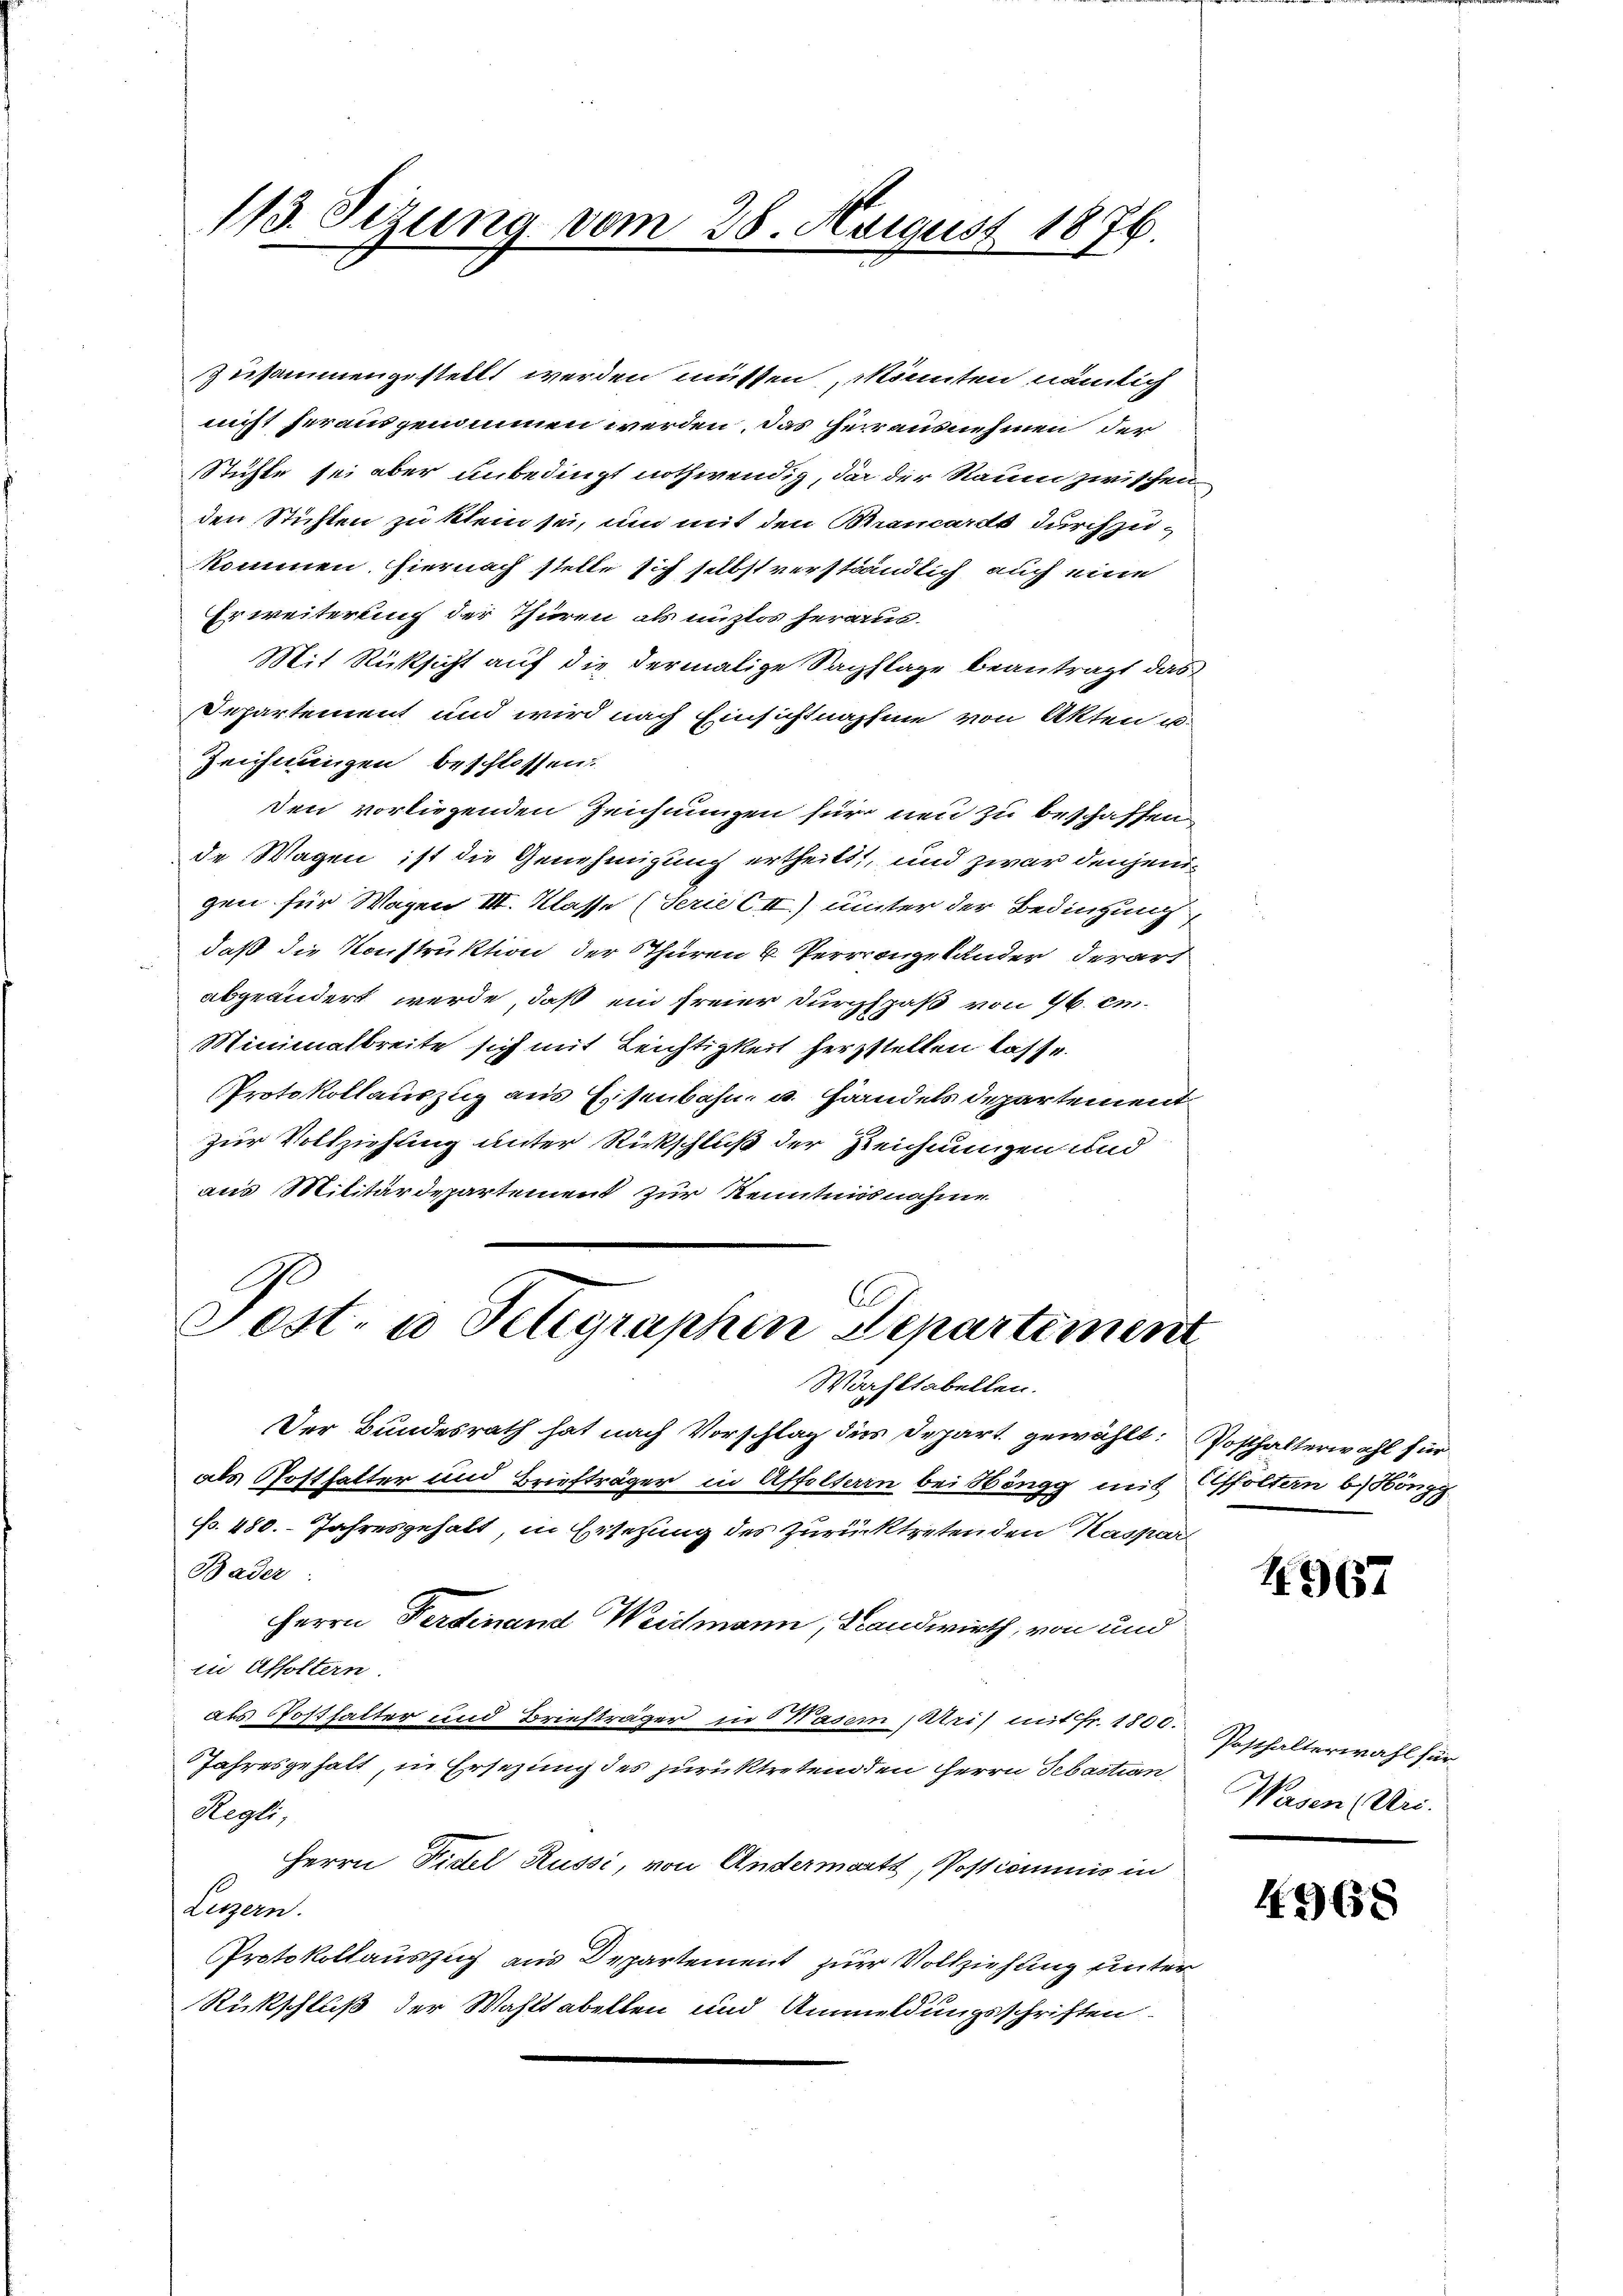
113. Sezung vom 28. August 1876.

zusammengestellt werden müssen könnten nämlich
nicht herausgenommen werden, das herrausnehmen, der
Stühle sei aber unbedingt nothwendig, da der Raum zwischen
den Stiften zu klein sei, um mit den Brancardt durchzukommen hiernach stelle sich selbst verständlich auch eine
Erweiterung der Thüren als unzlos herau
Mit Rüksicht auf die dermalige Sachlage beantragt das
Departement und wird nach Einsichtnahme von Akten u.
Zeichnungen beschlossen
den vorliegenden Zeichnungen für neu zu beschaffen
de Wagen ist die Genehmigung ertheilt, und zwar denjenigen für Wagen III. Klasse (Terie CII.) unter der Bedingung
daß die Konstruktion der Thüren u Perrrangelander derart
abgeändert werde, daß ein freier Durchspaß von 96. em¬
Minimalbreite sich mit Leichtigkeit herzstellen lasse.
Protokollauszug aus Eisenbahn u. Handels Departement

zur Vollziehung unter Rückschluß der Zeichnungen und
aus Militärdepartement zur Kenntnisnahme
C
Sest. u Telegraphen Departement
Wachstabellen.
Der Bundesrath hat nach Vorschlag des Depart gewählt: Posthalterwahl für
als Posthalter und Briefträger in Affoltern bei Höngg mit Affoltern b) Höngg
p. 480. Jahresgehalt, in Ersezung des Zurücktreten den Kaspar
Bader:
Herrn Ferdinand Weidmann, Landwirth, von und
in Affoltern.
aus Posthalter und Briefträger in Waser Abris mit Fr. 1800.
Jahresgehalt, in Ersezung des zurücktretend den Herrn Sebastian
Regli,
Herrn Fidel Russi, von Andermartt, Postcommis in
Luzern.
Protokollauszug aus Departement zur Vollziehung unter
Rückschluß der Wahltabellen und Anmeldungsschriften

4967

Posthalterwahl für
Wasen (Uri.

4968